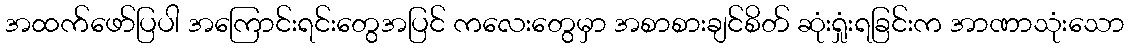
အထက်ဖော်ပြပါ အကြောင်းရင်းတွေအပြင် ကလေးတွေမှာ အစာစားချင်စိတ် ဆုံးရှုံးရခြင်းက အာဏာသုံးသော